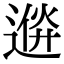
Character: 𨔮